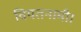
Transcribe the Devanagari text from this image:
वियतनामी।